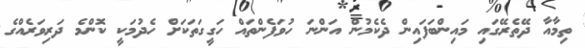
ތިމާއާ ދޭތެރޭގައި މައިންބަފައިން ދެކެމުން އަންނަ ހުވަފެންތައް ހަގީގަތަކަށް ހެދުމަކީ ކޮންމެ ދަރިވަރެއްގެ